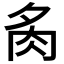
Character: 𮌉